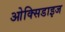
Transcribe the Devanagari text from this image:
ओक्सिडाइज